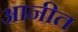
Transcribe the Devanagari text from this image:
आनीत